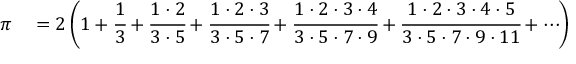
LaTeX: \begin{array} { r l } { \pi } & { { } = 2 \left( 1 + { \cfrac { 1 } { 3 } } + { \cfrac { 1 \cdot 2 } { 3 \cdot 5 } } + { \cfrac { 1 \cdot 2 \cdot 3 } { 3 \cdot 5 \cdot 7 } } + { \cfrac { 1 \cdot 2 \cdot 3 \cdot 4 } { 3 \cdot 5 \cdot 7 \cdot 9 } } + { \cfrac { 1 \cdot 2 \cdot 3 \cdot 4 \cdot 5 } { 3 \cdot 5 \cdot 7 \cdot 9 \cdot 1 1 } } + \cdots \right) } \end{array}